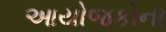
આયોજકોના